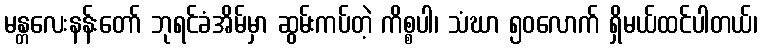
မန္တလေးနန်းတော် ဘုရင်ခံအိမ်မှာ ဆွမ်းကပ်တဲ့ ကိစ္စပါ၊ သံဃာ ၅၀လောက် ရှိမယ်ထင်ပါတယ်၊